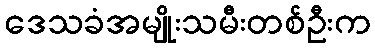
ဒေသခံအမျိုးသမီးတစ်ဦးက